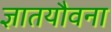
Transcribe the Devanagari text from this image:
ज्ञातयौवना